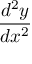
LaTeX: \frac { d ^ { 2 } y } { d x ^ { 2 } }